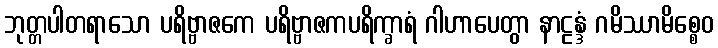
ဘုတ္တပါတရာသော ပရိဗ္ဗာဇကေ ပရိဗ္ဗာဇကပရိက္ခာရံ ဂါဟာပေတွာ နာဠန္ဒံ ဂမိဿာမိစ္စေဝ